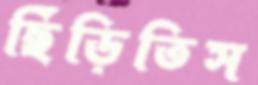
ছিঁড়িতিস